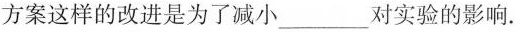
方案这样的改进是为了减小___对实验的影响。